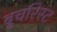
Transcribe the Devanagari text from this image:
बुचरिस्ट